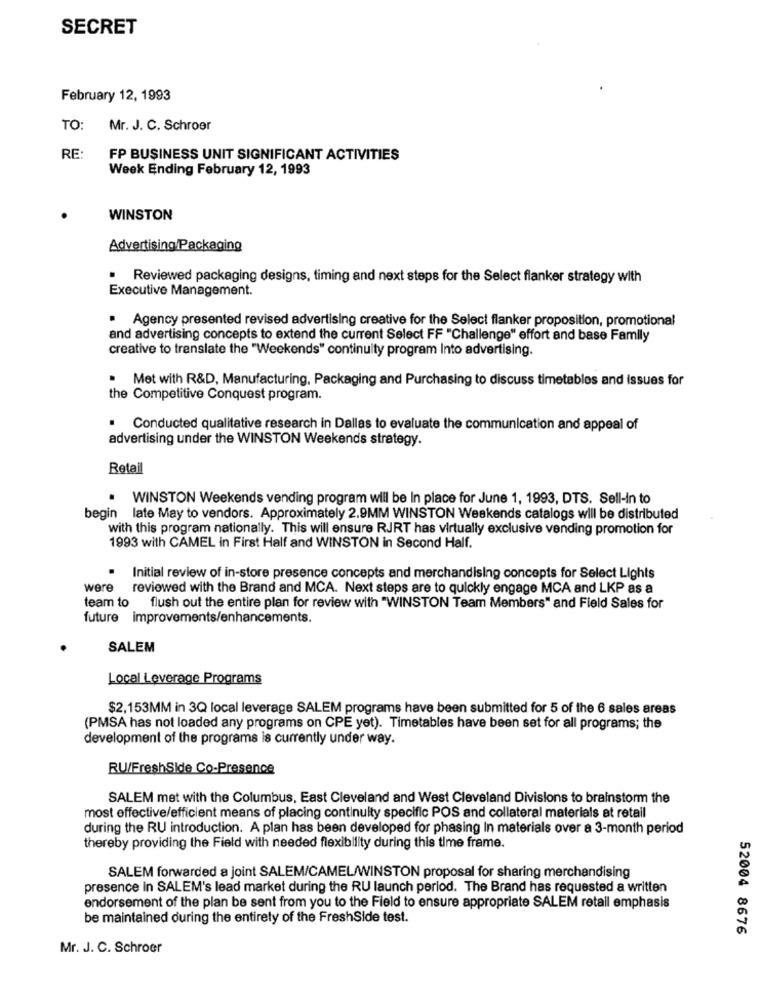
SECRET
February 12, 1993
TO:
Mr. J. C. Schroer
RE:
FP BUSINESS UNIT SIGNIFICANT ACTIVITIES
Week Ending February 12, 1993
WINSTON
Advertising/Packaging
Reviewed packaging designs, timing and next steps for the Select flanker strategy with
Executive Management.
. Agency presented revised advertising creative for the Select flanker proposition, promotional
and advertising concepts to extend the current Select FF "Challenge" effort and base Family
creative to translate the "Weekends" continuity program Into advertising.
Met with R&D, Manufacturing, Packaging and Purchasing to discuss timetables and issues for
the Competitive Conquest program.
· Conducted qualitative research in Dallas to evaluate the communication and appeal of
advertising under the WINSTON Weekends strategy.
Retail
. WINSTON Weekends vending program will be In place for June 1, 1993, DTS. Sell-In to
begin late May to vendors. Approximately 2.9MM WINSTON Weekends catalogs will be distributed
with this program nationally. This will ensure RJRT has virtually exclusive vending promotion for
1993 with CAMEL in First Half and WINSTON in Second Half.
.
Initial review of in-store presence concepts and merchandising concepts for Select Lights
were reviewed with the Brand and MCA. Next steps are to quickly engage MCA and LKP as a
team to
flush out the entire plan for review with "WINSTON Team Members" and Field Sales for
future improvements/enhancements.
SALEM
Local Leverage Programs
$2,153MM in 3Q local leverage SALEM programs have been submitted for 5 of the 6 sales areas
(PMSA has not loaded any programs on CPE yet). Timetables have been set for all programs; the
development of the programs is currently under way.
RU/FreshSide Co-Presence
SALEM met with the Columbus, East Cleveland and West Cleveland Divisions to brainstorm the
most effective/efficient means of placing continuity specific POS and collateral materials at retail
during the RU introduction. A plan has been developed for phasing In materials over a 3-month period
thereby providing the Field with needed flexibility during this time frame.
SALEM forwarded a joint SALEM/CAMEL/WINSTON proposal for sharing merchandising
presence in SALEM's lead market during the RU launch period. The Brand has requested a written
endorsement of the plan be sent from you to the Field to ensure appropriate SALEM retail emphasis
be maintained during the entirety of the FreshSide test.
52004 8676
Mr. J. C. Schroer